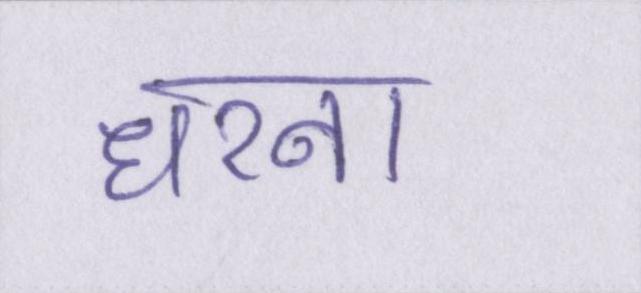
धरना